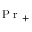
\mathrm { ~ P ~ r ~ } _ { + }